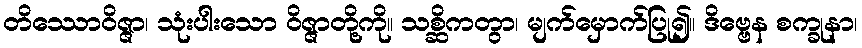
တိဿောဝိဇ္ဇာ၊ သုံးပါးသော ဝိဇ္ဇာတို့ကို။ သစ္ဆိကတွာ၊ မျက်မှောက်ပြု၍။ ဒိဗ္ဗေန စက္ခုနာ၊